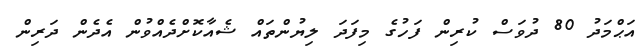
އަޙްމަދު 80 ދުވަސް ކުރިން ފަހުގެ މިފަދަ ލިޔުންތައް ޝެއާކޮށްދެއްވުން އެދެން ދަރިން